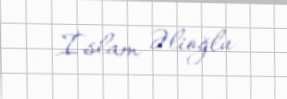
İslam Əlioğlu